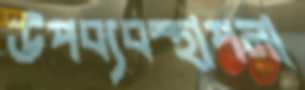
উপব্যবস্থাপনা